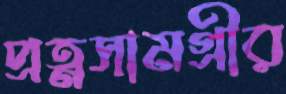
প্রত্নসামগ্রীর